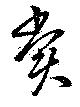
賞